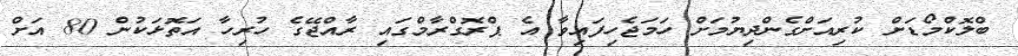
ބްލޮކްމޯޑަށް ކުރިއަށްގެންދިޔުމަށް ހަމަޖެހިފައިވާ އެ ޕްރޮގްރާމްގައި ރާއްޖޭގެ ހުރިހާ އަތޮޅަކުން 80 އަށް